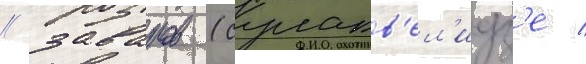
/ заваров (сулакв'ел'идз'е /